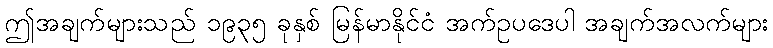
ဤအချက်များသည် ၁၉၃၅ ခုနှစ် မြန်မာနိုင်ငံ အက်ဥပဒေပါ အချက်အလက်များ